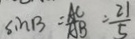
\sin B = \frac { A C } { A B } = \frac { 2 1 } { 5 }